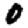
Digit: 0